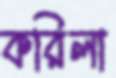
করিলা